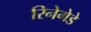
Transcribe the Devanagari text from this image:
रिनेगेडे